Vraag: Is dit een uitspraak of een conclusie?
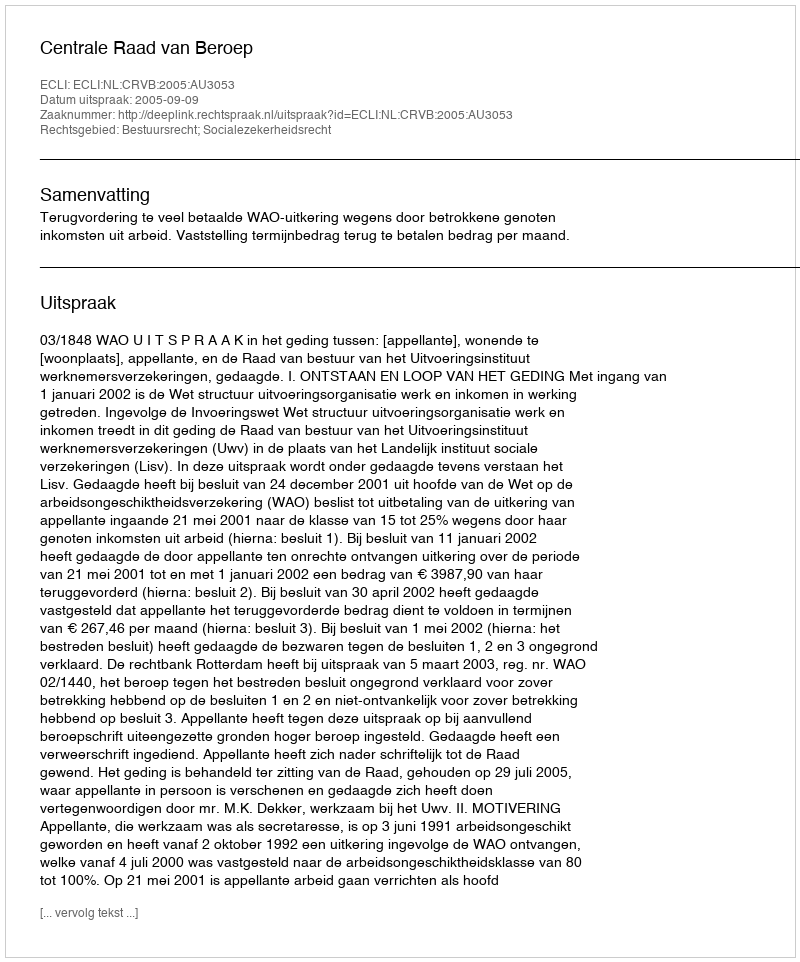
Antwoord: Uitspraak